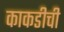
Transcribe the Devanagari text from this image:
काकडीची